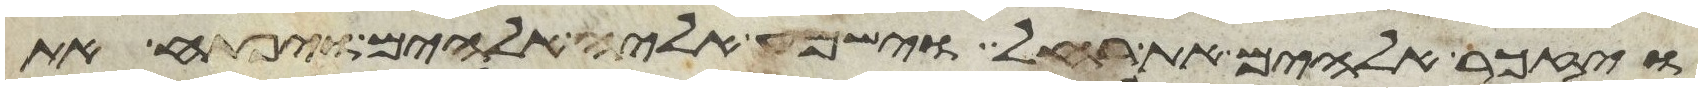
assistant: ויזכר אלהים את רחל וישמע אליה אלהים ויפתח את